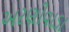
અરણીવાડા